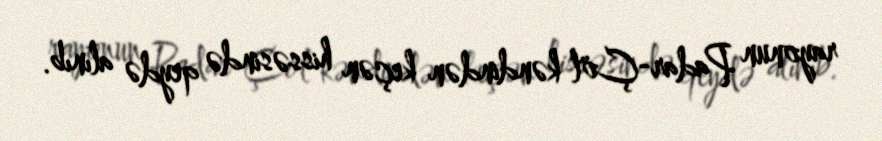
rayonun Padar-Çöl kəndindən keçən hissəsində qeydə alınıb.